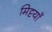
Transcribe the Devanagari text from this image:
मिट्टयाँ